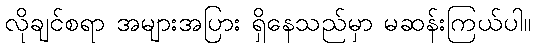
လိုချင်စရာ အများအပြား ရှိနေသည်မှာ မဆန်းကြယ်ပါ။